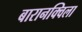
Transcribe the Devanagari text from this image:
बारानक्विला